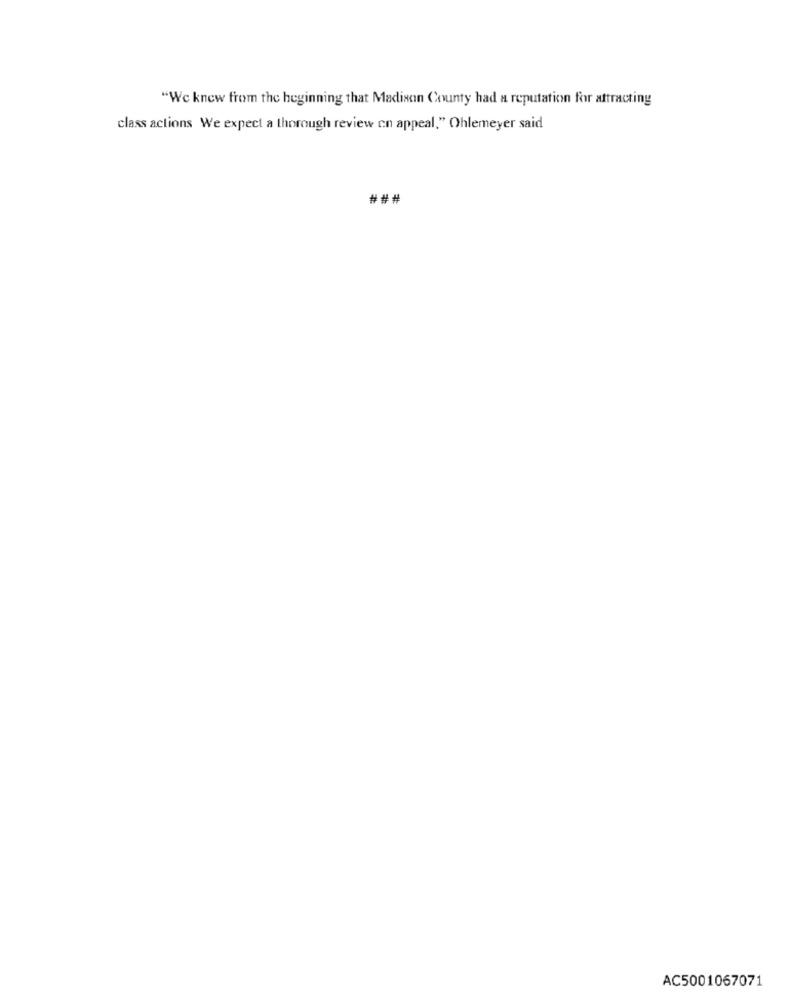
"We knew from the beginning that Madison County had a reputation for attracting
class actions We expect a thorough review on appeal," Ohlemeyer said
###
AC5001067071